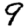
Digit: 9